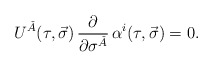
\begin{align*}U^{\check{A}}(\tau,\vec{\sigma})\, \frac{\partial} {\partial\sigma^{\check{A}}}\, \alpha^i(\tau,\vec{\sigma}) = 0. \end{align*}